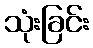
သုံးခြင်း